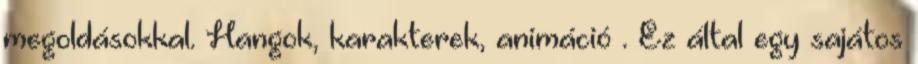
megoldásokkal. Hangok, karakterek, animáció . Ez által egy sajátos